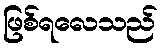
ဖြစ်ရလေသည်